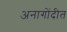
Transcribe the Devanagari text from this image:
अनागोंदीत